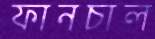
ফানচাল